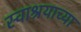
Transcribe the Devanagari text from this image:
स्वाश्रयाच्या